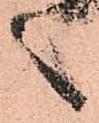
言